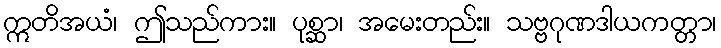
ဣတိအယံ၊ ဤသည်ကား။ ပုစ္ဆာ၊ အမေးတည်း။ သဗ္ဗဂုဏဒါယကတ္တာ၊